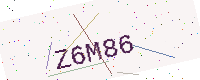
Text: Z6M86